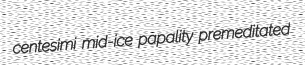
centesimi mid-ice papality premeditated